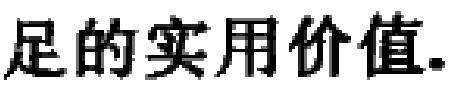
足的实用价值.